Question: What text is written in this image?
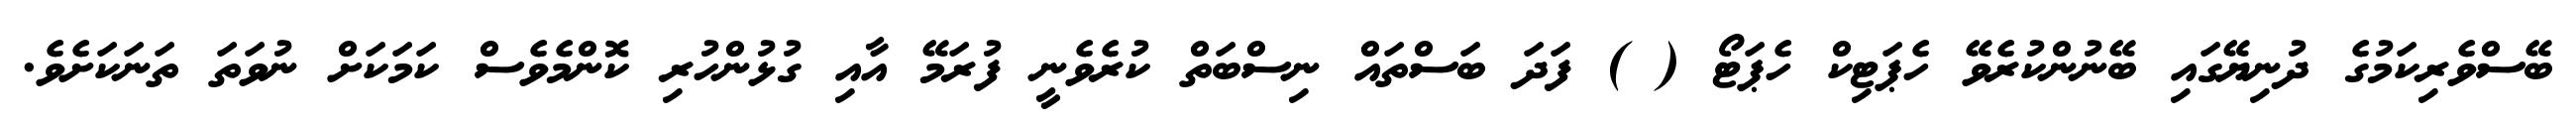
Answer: ބޭސްވެރިކަމުގެ ދުނިޔޭގައި ބޭނުންކުރެވޭ ހެޕަޓިކް ހެޕަޓޯ ( ) ފަދަ ބަސްތައް ނިސްބަތް ކުރެވެނީ ފުރަމޭ އާއި ގުޅުންހުރި ކޮންމެވެސް ކަމަކަށް ނުވަތަ ތަނަކަށެވެ.